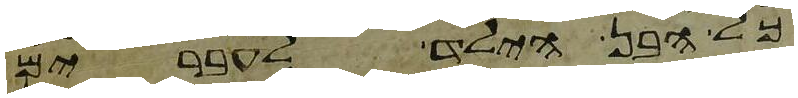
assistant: כל הבן הילד לעברים